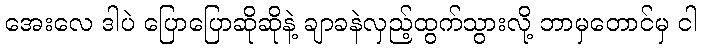
အေးလေ ဒါပဲ ပြောပြောဆိုဆိုနဲ့ ချာခနဲလှည့်ထွက်သွားလို့ ဘာမှတောင်မှ ငါ